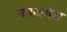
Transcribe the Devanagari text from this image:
नवावगंज